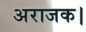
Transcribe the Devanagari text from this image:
अराजक।